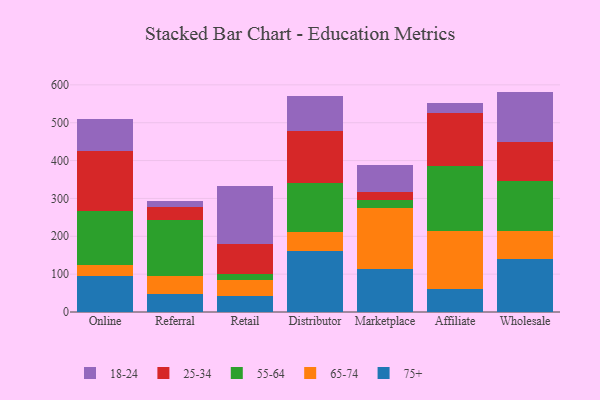
{"axis": {"x": "Channel", "y": "Inventory Turnover"}, "legend": ["18-24", "25-34", "55-64", "65-74", "75+"], "data": [{"x": "Online", "y": 93.8, "type": "75+"}, {"x": "Online", "y": 30.4, "type": "65-74"}, {"x": "Online", "y": 143.7, "type": "55-64"}, {"x": "Online", "y": 156.3, "type": "25-34"}, {"x": "Online", "y": 85.3, "type": "18-24"}, {"x": "Referral", "y": 47.1, "type": "75+"}, {"x": "Referral", "y": 47.6, "type": "65-74"}, {"x": "Referral", "y": 149.1, "type": "55-64"}, {"x": "Referral", "y": 33.1, "type": "25-34"}, {"x": "Referral", "y": 17.6, "type": "18-24"}, {"x": "Retail", "y": 42.9, "type": "75+"}, {"x": "Retail", "y": 42.3, "type": "65-74"}, {"x": "Retail", "y": 15.4, "type": "55-64"}, {"x": "Retail", "y": 77.9, "type": "25-34"}, {"x": "Retail", "y": 153.9, "type": "18-24"}, {"x": "Distributor", "y": 161.8, "type": "75+"}, {"x": "Distributor", "y": 50.6, "type": "65-74"}, {"x": "Distributor", "y": 127.4, "type": "55-64"}, {"x": "Distributor", "y": 137.5, "type": "25-34"}, {"x": "Distributor", "y": 94.5, "type": "18-24"}, {"x": "Marketplace", "y": 112.6, "type": "75+"}, {"x": "Marketplace", "y": 161.1, "type": "65-74"}, {"x": "Marketplace", "y": 22.7, "type": "55-64"}, {"x": "Marketplace", "y": 20.1, "type": "25-34"}, {"x": "Marketplace", "y": 72.6, "type": "18-24"}, {"x": "Affiliate", "y": 61.3, "type": "75+"}, {"x": "Affiliate", "y": 152.7, "type": "65-74"}, {"x": "Affiliate", "y": 170.6, "type": "55-64"}, {"x": "Affiliate", "y": 142.1, "type": "25-34"}, {"x": "Affiliate", "y": 25.7, "type": "18-24"}, {"x": "Wholesale", "y": 141.0, "type": "75+"}, {"x": "Wholesale", "y": 72.0, "type": "65-74"}, {"x": "Wholesale", "y": 132.0, "type": "55-64"}, {"x": "Wholesale", "y": 105.1, "type": "25-34"}, {"x": "Wholesale", "y": 132.1, "type": "18-24"}]}